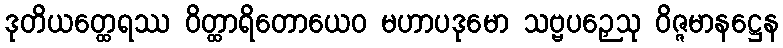
ဒုတိယတ္ထေရဿ ဝိတ္ထာရိတောယေဝ မဟာပဒုမော သဗ္ဗပဉှေသု ဝိဇ္ဇမာနဋ္ဌေန